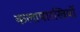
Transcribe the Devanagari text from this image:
कलापारखियों